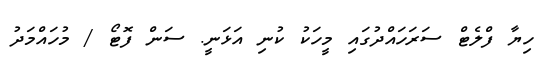
ހިޔާ ފްލެޓް ސަރަހައްދުގައި މީހަކު ކުނި އަޅަނީ. ސަން ފޮޓޯ / މުހައްމަދު